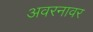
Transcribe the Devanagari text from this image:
अवरनावर